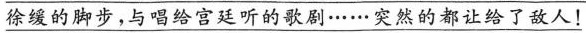
"\underline{徐缓的脚步,与唱给宫廷听的歌剧······突然的都让给了敌人！}